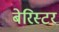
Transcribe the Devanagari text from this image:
बेरिस्टर